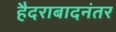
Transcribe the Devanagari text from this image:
हैदराबादनंतर